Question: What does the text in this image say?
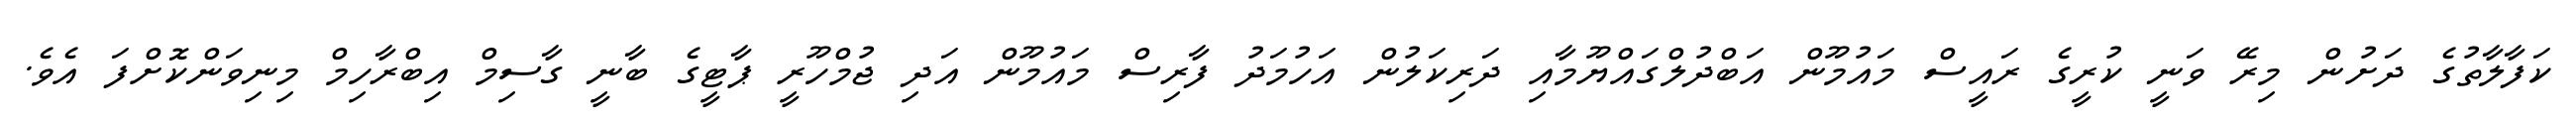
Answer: ކަފާލާތުގެ ދަށުން މިރޭ ވަނީ ކުރީގެ ރައީސް މައުމޫން އަބްދުލްގައްޔޫމާއި ދަރިކަލުން އަހުމަދު ފާރިސް މައުމޫން އަދި ޖުމްހޫރީ ޕާޓީގެ ބާނީ ގާސިމް އިބްރާހިމް މިނިވަންކޮށްފަ އެވެ.